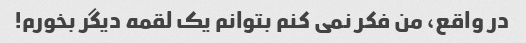
در واقع، من فکر نمی کنم بتوانم یک لقمه دیگر بخورم!